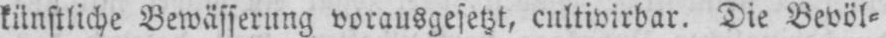
künstliche Bewässerung vorausgesetzt, cultivierbar. Die Bevöl⸗